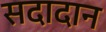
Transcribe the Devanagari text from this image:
सदादान